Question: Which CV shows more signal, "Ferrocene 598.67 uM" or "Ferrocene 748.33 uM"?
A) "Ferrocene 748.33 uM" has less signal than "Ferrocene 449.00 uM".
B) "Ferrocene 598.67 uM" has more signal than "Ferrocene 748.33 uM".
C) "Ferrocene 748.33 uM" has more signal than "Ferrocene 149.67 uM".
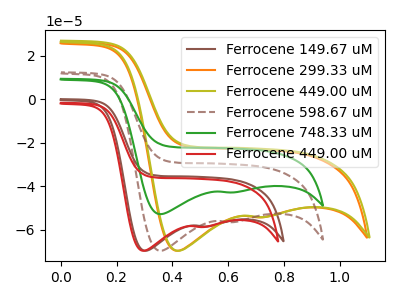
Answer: <think>The brown curve "Ferrocene 149.67 uM" has cathodic peaks at (0.30V, -69.60uA) (0.55V, -58.40uA). The orange curve "Ferrocene 299.33 uM" has cathodic peaks at (0.40V, -69.60uA) (0.75V, -54.20uA). The olive curve "Ferrocene 449.00 uM" has cathodic peaks at (0.40V, -69.60uA) (0.75V, -54.10uA). The brown dashed curve "Ferrocene 598.67 uM" has cathodic peaks at (0.35V, -69.60uA) (0.60V, -56.40uA). The green curve "Ferrocene 748.33 uM" has cathodic peaks at (0.35V, -52.75uA) (0.60V, -42.80uA). The red curve "Ferrocene 449.00 uM" has cathodic peaks at (0.30V, -69.60uA) (0.50V, -58.65uA).
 All the peaks in "Ferrocene 598.67 uM" have a peak in "Ferrocene 748.33 uM" at the same potential. Every peak in "Ferrocene 598.67 uM" is higher than every peak in "Ferrocene 748.33 uM".</think>
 <answer>B) "Ferrocene 598.67 uM" has more signal than "Ferrocene 748.33 uM".</answer>
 <eval>B</eval>